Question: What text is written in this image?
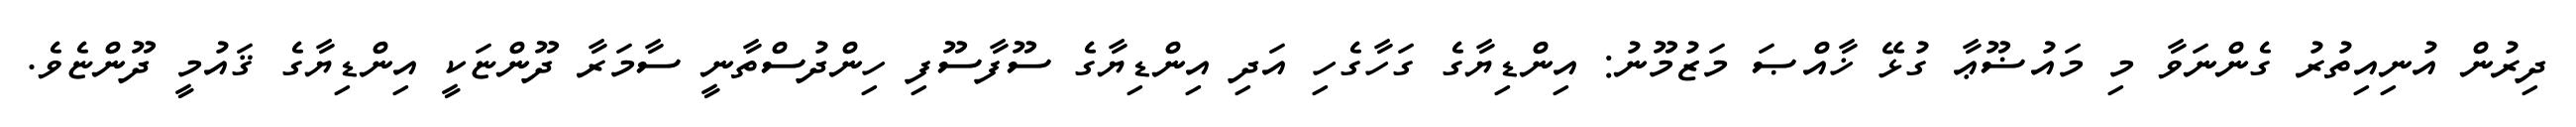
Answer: ދިރުން އުނިއިތުރު ގެންނަވާ މި މައުޟޫޢާ ގުޅޭ ޚާއްޞަ މަޒުމޫނު: އިންޑިޔާގެ ގަހާގެހި އަދި އިންޑިޔާގެ ސޫފާސޫފި ހިންދުސްތާނީ ސާމަރާ ދޫންޏަކީ އިންޑިޔާގެ ޤައުމީ ދޫންޏެވެ.